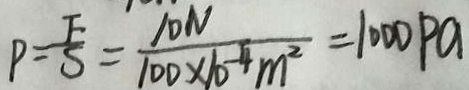
P = \frac { F } { S } = \frac { 1 0 N } { 1 0 0 \times 1 0 ^ { - 4 } m ^ { 2 } } = 1 0 0 0 P a